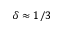
\delta \approx 1 / 3